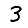
Digit: 3